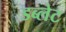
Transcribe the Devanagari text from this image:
डब्लेट